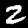
Label: 2